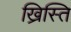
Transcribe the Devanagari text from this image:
ख्रिस्ति